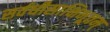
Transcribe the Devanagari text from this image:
सर्वधीसाक्षिभूतम्